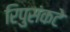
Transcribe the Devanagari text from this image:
रिपुसंकटे